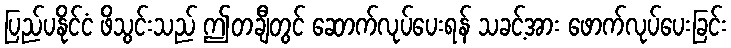
ပြည်ပနိုင်ငံ ဖိသွင်းသည် ဤတချီတွင် ဆောက်လုပ်ပေးရန် သခင့်အား ဖောက်လုပ်ပေးခြင်း